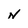
Character: N